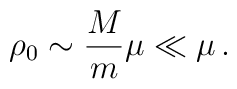
\rho _{0}\sim {\frac{M}{m}}\mu \ll\mu \,.